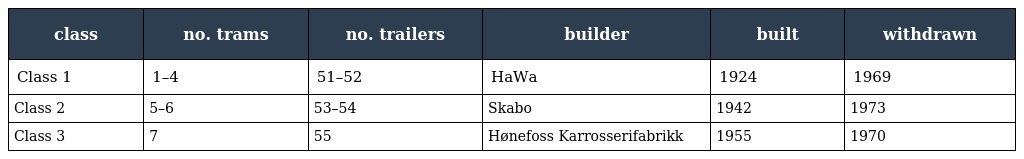
| class | no. trams | no. trailers | builder | built | withdrawn |
 | --- | --- | --- | --- | --- | --- |
 | Class 1 | 1–4 | 51–52 | HaWa | 1924 | 1969 |
 | Class 2 | 5–6 | 53–54 | Skabo | 1942 | 1973 |
 | Class 3 | 7 | 55 | Hønefoss Karrosserifabrikk | 1955 | 1970 |